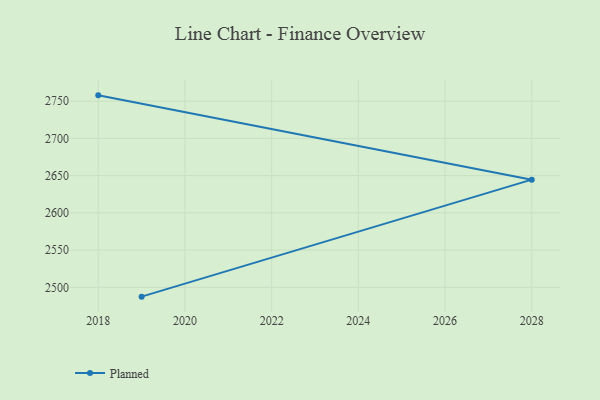
{"axis": {"x": "Year", "y": "Net Income (USD K)"}, "legend": ["Planned"], "data": [{"x": "2019", "y": 2487.5, "type": "Planned"}, {"x": "2028", "y": 2644.6, "type": "Planned"}, {"x": "2018", "y": 2757.8, "type": "Planned"}]}